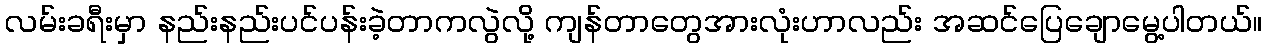
လမ်းခရီးမှာ နည်းနည်းပင်ပန်းခဲ့တာကလွဲလို့ ကျန်တာတွေအားလုံးဟာလည်း အဆင်ပြေချောမွေ့ပါတယ်။